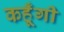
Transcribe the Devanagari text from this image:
कहूँगी